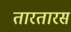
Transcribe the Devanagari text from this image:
तारतारस